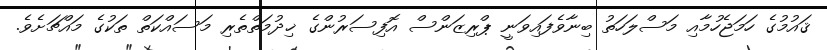
ޤައުމުގެ ހަމަޖެހުމާއި މަސްލަހަތު ބިނާވެފައިވަނީ ޕްރިޒަންސް އޮފިސަރުންގެ ޚިދުމަތްތެރި މަސައްކަތް ތަކުގެ މައްޗަށެވެ.